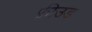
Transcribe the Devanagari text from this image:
फ्रीउड